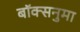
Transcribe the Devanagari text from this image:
बॉक्सनुमा